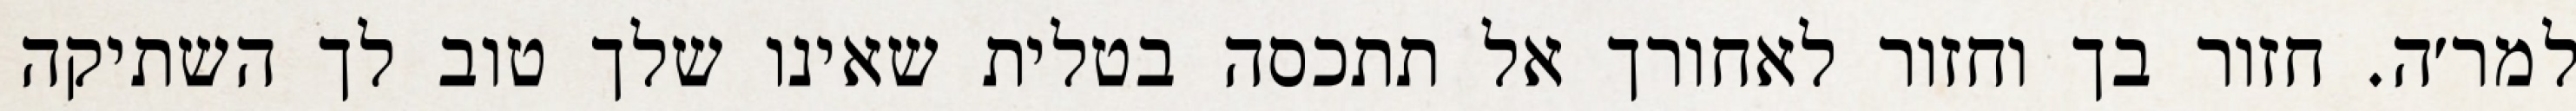
למר׳ה. חזור בך וחזור לאחורך אל תתכסה בטלית שאינו שלך טוב לך השתיקה